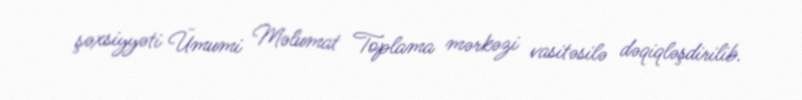
şəxsiyyəti Ümumi Məlumat Toplama mərkəzi vasitəsilə dəqiqləşdirilib.